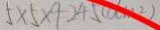
5 \times 5 \times 9 = 2 4 5 ( d m ^ { 2 } )